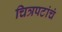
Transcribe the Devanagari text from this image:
चित्रपटांचं